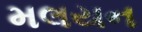
મલયન